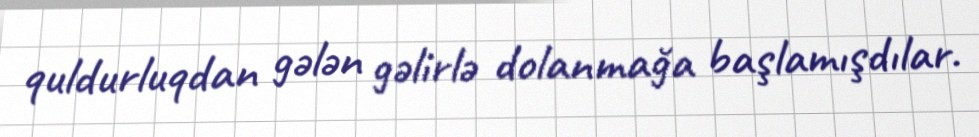
quldurluqdan gələn gəlirlə dolanmağa başlamışdılar.